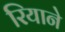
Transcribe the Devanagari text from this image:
रियाने